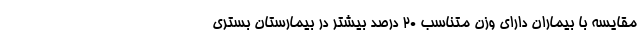
مقایسه با بیماران دارای وزن متناسب ۲۰ درصد بیشتر در بیمارستان بستری